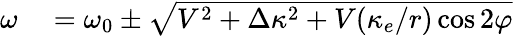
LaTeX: \begin{array}{rl}{\omega}&{{}=\omega_{0}\pm\sqrt{V^{2}+\Delta\kappa^{2}+V(\kappa_{e}/r)\cos 2\varphi}}\end{array}